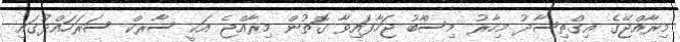
މިރާއްޖޭގެ އިގްތިސާދު މިހާރު މިސްާބު ޖަހާފައިވާ ގޮތުން މިރާއްޖެ އަކީ ސާރކް ސަރަހައްދުގައި